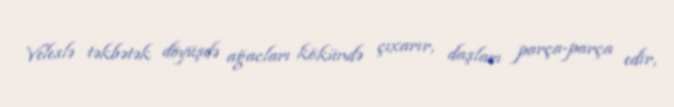
Veleslə təkbətək döyüşdə ağacları kökündə çıxarır, daşları parça-parça edir,